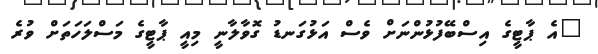
"އެ ޕާޓީގެ އިސްބޭފުޅުންނަށް ވެސް އަޅުގަނޑު ގޮވާލާނީ މިއީ ޕާޓީގެ މަސްލަހަތަށް ވުރެ